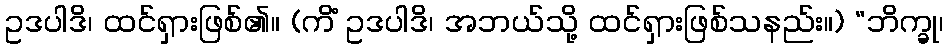
ဥဒပါဒိ၊ ထင်ရှားဖြစ်၏။ (ကိံ ဥဒပါဒိ၊ အဘယ်သို့ ထင်ရှားဖြစ်သနည်း။) “ဘိက္ခု၊